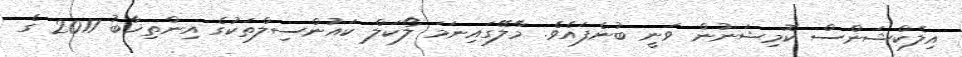
އިލެކްޝަންސް ކޮމިޝަނުން ވަނީ ބުނެފައެވެ. މާލޭގައިނަމަ ލޯކަލް ކައުންސިލްތަކުގެ އިންތިޚާބު 2017 ގެ